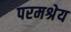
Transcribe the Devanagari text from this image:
परमश्रेय